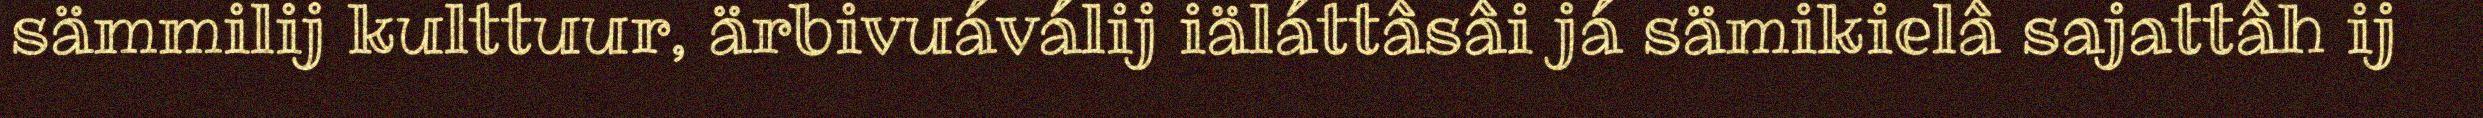
sämmilij kulttuur, ärbivuáválij iäláttâsâi já sämikielâ sajattâh ij